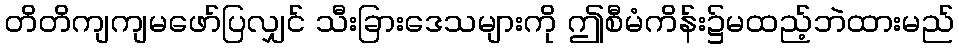
တိတိကျကျမဖော်ပြလျှင် သီးခြားဒေသများကို ဤစီမံကိန်း၌မထည့်ဘဲထားမည်